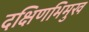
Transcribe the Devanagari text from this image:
दक्षिणभिमुख